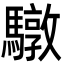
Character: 驐